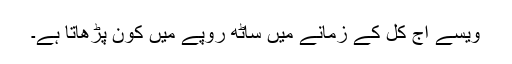
ویسے آج کل کے زمانے میں ساٹھ روپے میں کون پڑھاتا ہے۔